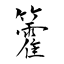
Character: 籗